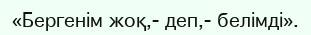
«Бергенім жоқ,- деп,- белімді».